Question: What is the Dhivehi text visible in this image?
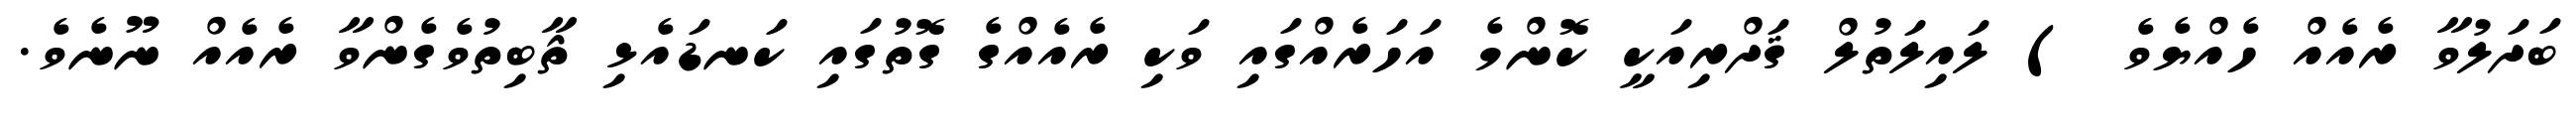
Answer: ބަދަލުވާ ރެއެއް ހެއްޔެވެ ) ލައިލަތުލް ޤަދްރިއަކީ ކޮންމެ އަހަރެއްގައި ވަކި ރެއެއްގެ ގޮތުގައި ކަނޑައެޅި ޘާބިތުވެގެންވާ ރެއެއް ނޫނެވެ.